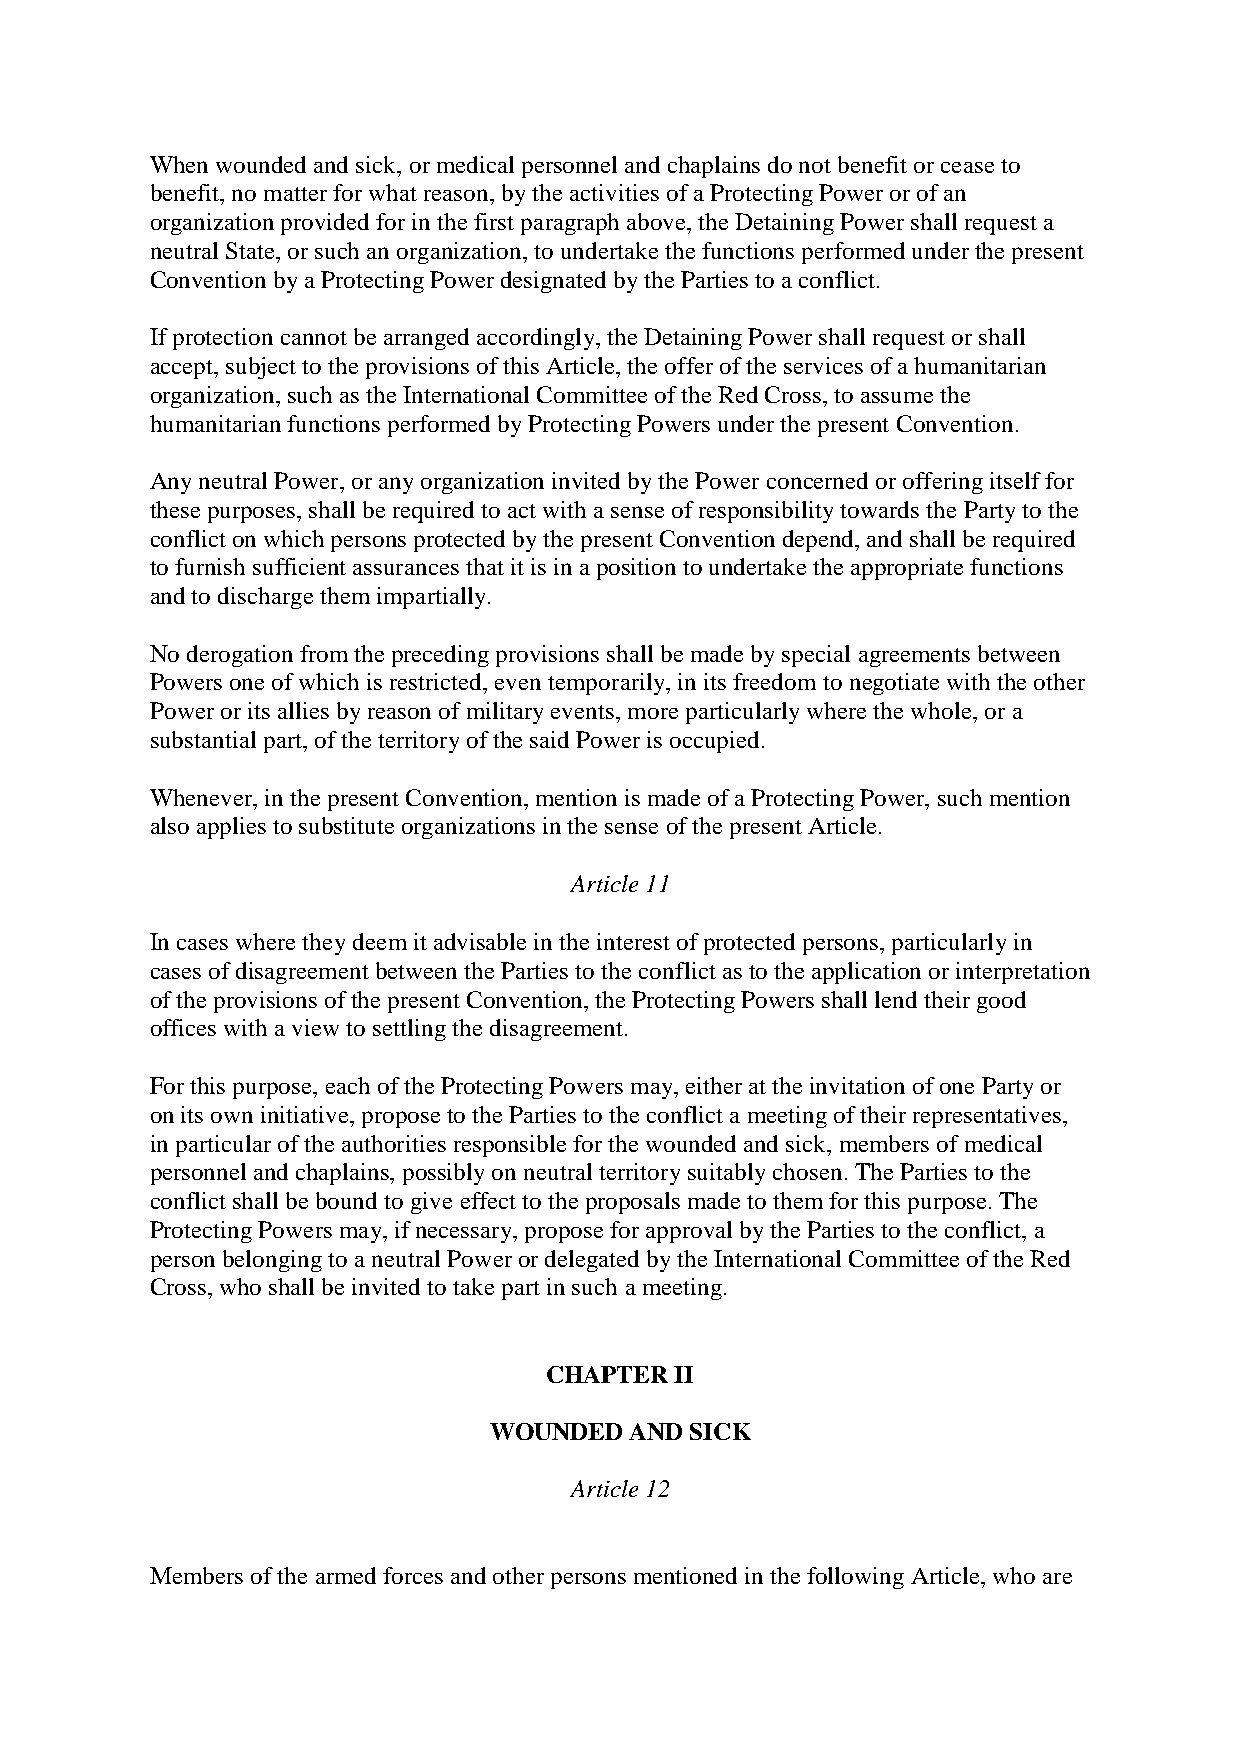
When wounded and sick, or medical personnel and chaplains do not benefit or cease to
 benefit, no matter for what reason, by the activities of a Protecting Power or of an
 organization provided for in the first paragraph above, the Detaining Power shall request a
 neutral State, or such an organization, to undertake the functions performed under the present
 Convention by a Protecting Power designated by the Parties to a conflict.
 If protection cannot be arranged accordingly, the Detaining Power shall request or shall
 accept, subject to the provisions of this Article, the offer of the services of a humanitarian
 organization, such as the International Committee of the Red Cross, to assume the
 humanitarian functions performed by Protecting Powers under the present Convention.
 Any neutral Power, or any organization invited by the Power concerned or offering itself for
 these purposes, shall be required to act with a sense of responsibility towards the Party to the
 conflict on which persons protected by the present Convention depend, and shall be required
 to furnish sufficient assurances that it is in a position to undertake the appropriate functions
 and to discharge them impartially.
 No derogation from the preceding provisions shall be made by special agreements between
 Powers one of which is restricted, even temporarily, in its freedom to negotiate with the other
 Power or its allies by reason of military events, more particularly where the whole, or a
 substantial part, of the territory of the said Power is occupied.
 Whenever, in the present Convention, mention is made of a Protecting Power, such mention
 also applies to substitute organizations in the sense of the present Article.
 Article 11
 In cases where they deem it advisable in the interest of protected persons, particularly in
 cases of disagreement between the Parties to the conflict as to the application or interpretation
 of the provisions of the present Convention, the Protecting Powers shall lend their good
 offices with a view to settling the disagreement.
 For this purpose, each of the Protecting Powers may, either at the invitation of one Party or
 on its own initiative, propose to the Parties to the conflict a meeting of their representatives,
 in particular of the authorities responsible for the wounded and sick, members of medical
 personnel and chaplains, possibly on neutral territory suitably chosen. The Parties to the
 conflict shall be bound to give effect to the proposals made to them for this purpose. The
 Protecting Powers may, if necessary, propose for approval by the Parties to the conflict, a
 person belonging to a neutral Power or delegated by the International Committee of the Red
 Cross, who shall be invited to take part in such a meeting.
 CHAPTER  II
 WOUNDED   AND SICK
 Article 12
 Members of the armed forces and other persons mentioned in the following Article, who are